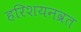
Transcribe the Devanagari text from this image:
हरिशयनव्रत